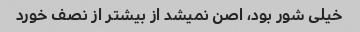
خیلی شور بود، اصن نمیشد از بیشتر از نصف خورد